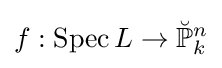
f:\operatorname {Spec} L\to {\breve {\mathbb {P} }}_{k}^{n}